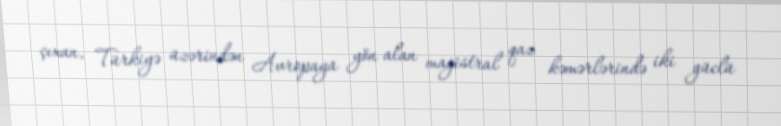
çıxan, Türkiyə üzərindən Avropaya yön alan magistral qaz kəmərlərində iki güclü